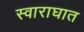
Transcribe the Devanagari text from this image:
स्वाराघात